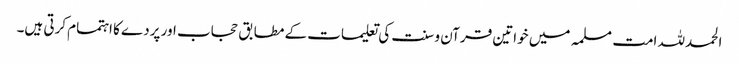
الحمدللہ امت مسلمہ میں خواتین قرآن و سنت کی تعلیمات کے مطابق حجاب اور پردے کا اہتمام کرتی ہیں۔